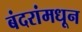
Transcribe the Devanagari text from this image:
बंदरांमधून